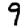
Digit: 9